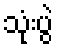
သုံးပွဲ